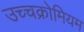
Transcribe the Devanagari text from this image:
उच्चक्रोमियम